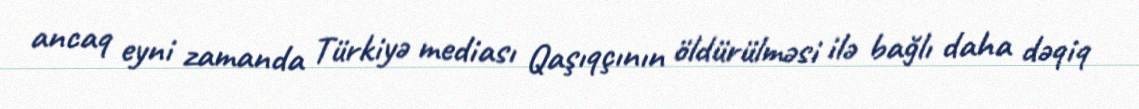
ancaq eyni zamanda Türkiyə mediası Qaşıqçının öldürülməsi ilə bağlı daha dəqiq